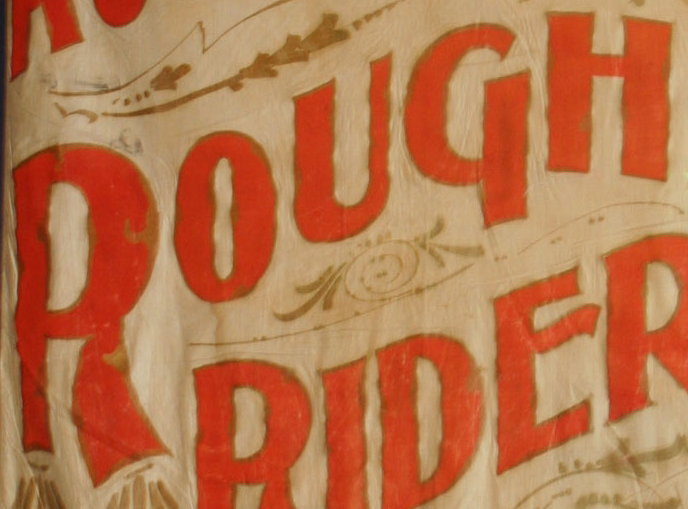
ROUGH